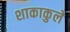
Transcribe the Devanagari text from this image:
शाकाकुले